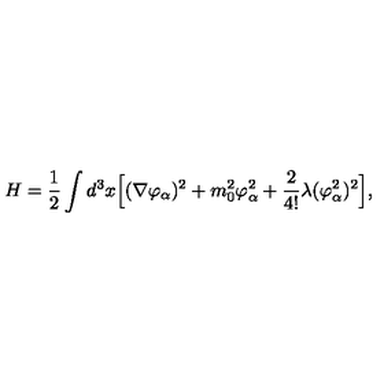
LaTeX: H = { \frac { 1 } { 2 } } \int d ^ { 3 } x \Bigl [ ( \nabla \varphi _ { \alpha } ) ^ { 2 } + m _ { 0 } ^ { 2 } \varphi _ { \alpha } ^ { 2 } + { \frac { 2 } { 4 ! } } \lambda ( \varphi _ { \alpha } ^ { 2 } ) ^ { 2 } \Bigr ] ,